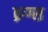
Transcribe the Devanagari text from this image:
ब्रग्ग्स